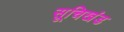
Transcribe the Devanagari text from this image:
सूचिखंड